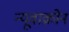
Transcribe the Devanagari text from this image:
न्यूवाक्रोन